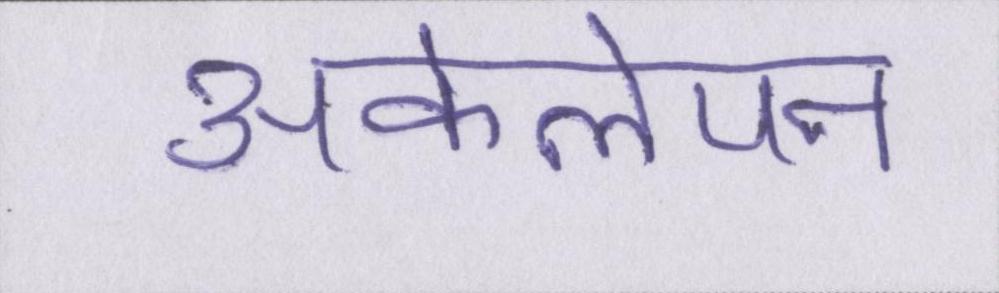
अकेलेपन